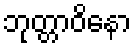
ဘုတ္တာဝိနော